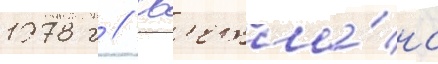
1978 г // Св'етла́на